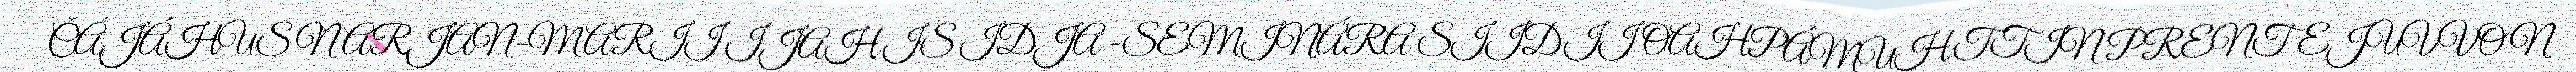
ČÁJÁHUS NARJAN-MARII IJAHIS IDJA -SEMINÁRA SIIDII OAHPÁMUHTTIN PRENTEJUVVON